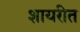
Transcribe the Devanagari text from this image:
शायरीत